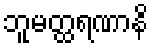
ဘူမတ္ထရဏာနိ